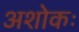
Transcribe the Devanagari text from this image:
अशोकः